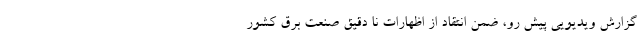
گزارش ویدیویی پیش رو، ضمن انتقاد از اظهارات نا دقیق صنعت برق کشور